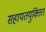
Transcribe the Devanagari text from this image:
सहायतयुक्तित